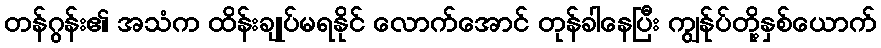
တန်ဂွန်း၏ အသံက ထိန်းချုပ်မရနိုင် လောက်အောင် တုန်ခါနေပြီး ကျွန်ုပ်တို့နှစ်ယောက်